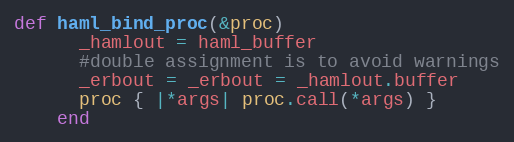
Language: Ruby
def haml_bind_proc(&proc)
      _hamlout = haml_buffer
      #double assignment is to avoid warnings
      _erbout = _erbout = _hamlout.buffer
      proc { |*args| proc.call(*args) }
    end